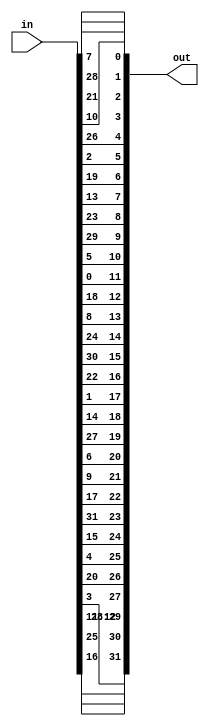
/*

Module: Permutation
Input: 32-bit input
Output: 32-bit ouput in accordance with the Permutation Function
Modules Used: N/A

*/

`timescale 1 ns/ 1 ps

module Permutation(in, out);
  input [31:0] in;
  output [31:0] out;
  
  assign out[31] = in[16];
  assign out[30] = in[25];
  assign out[29] = in[12];
  assign out[28] = in[11];
  assign out[27] = in[3];
  assign out[26] = in[20];
  assign out[25] = in[4];
  assign out[24] = in[15];
  
  assign out[23] = in[31];
  assign out[22] = in[17];
  assign out[21] = in[9];
  assign out[20] = in[6];
  assign out[19] = in[27];
  assign out[18] = in[14];
  assign out[17] = in[1];
  assign out[16] = in[22];
  
  assign out[15] = in[30];
  assign out[14] = in[24];
  assign out[13] = in[8];
  assign out[12] = in[18];
  assign out[11] = in[0];
  assign out[10] = in[5];
  assign out[9] = in[29];
  assign out[8] = in[23];
  
  assign out[7] = in[13];
  assign out[6] = in[19];
  assign out[5] = in[2];
  assign out[4] = in[26];
  assign out[3] = in[10];
  assign out[2] = in[21];
  assign out[1] = in[28];
  assign out[0] = in[7];

 
endmodule